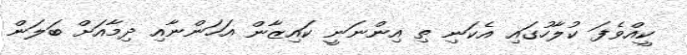
ކީއްވެފަ ކުލާހުގައި އެކަނި ތި އިންނަނީ ކައިޒާން އަހަންނާއި ދިމާއަށް ބަލަން